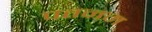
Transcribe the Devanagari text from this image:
पतनम